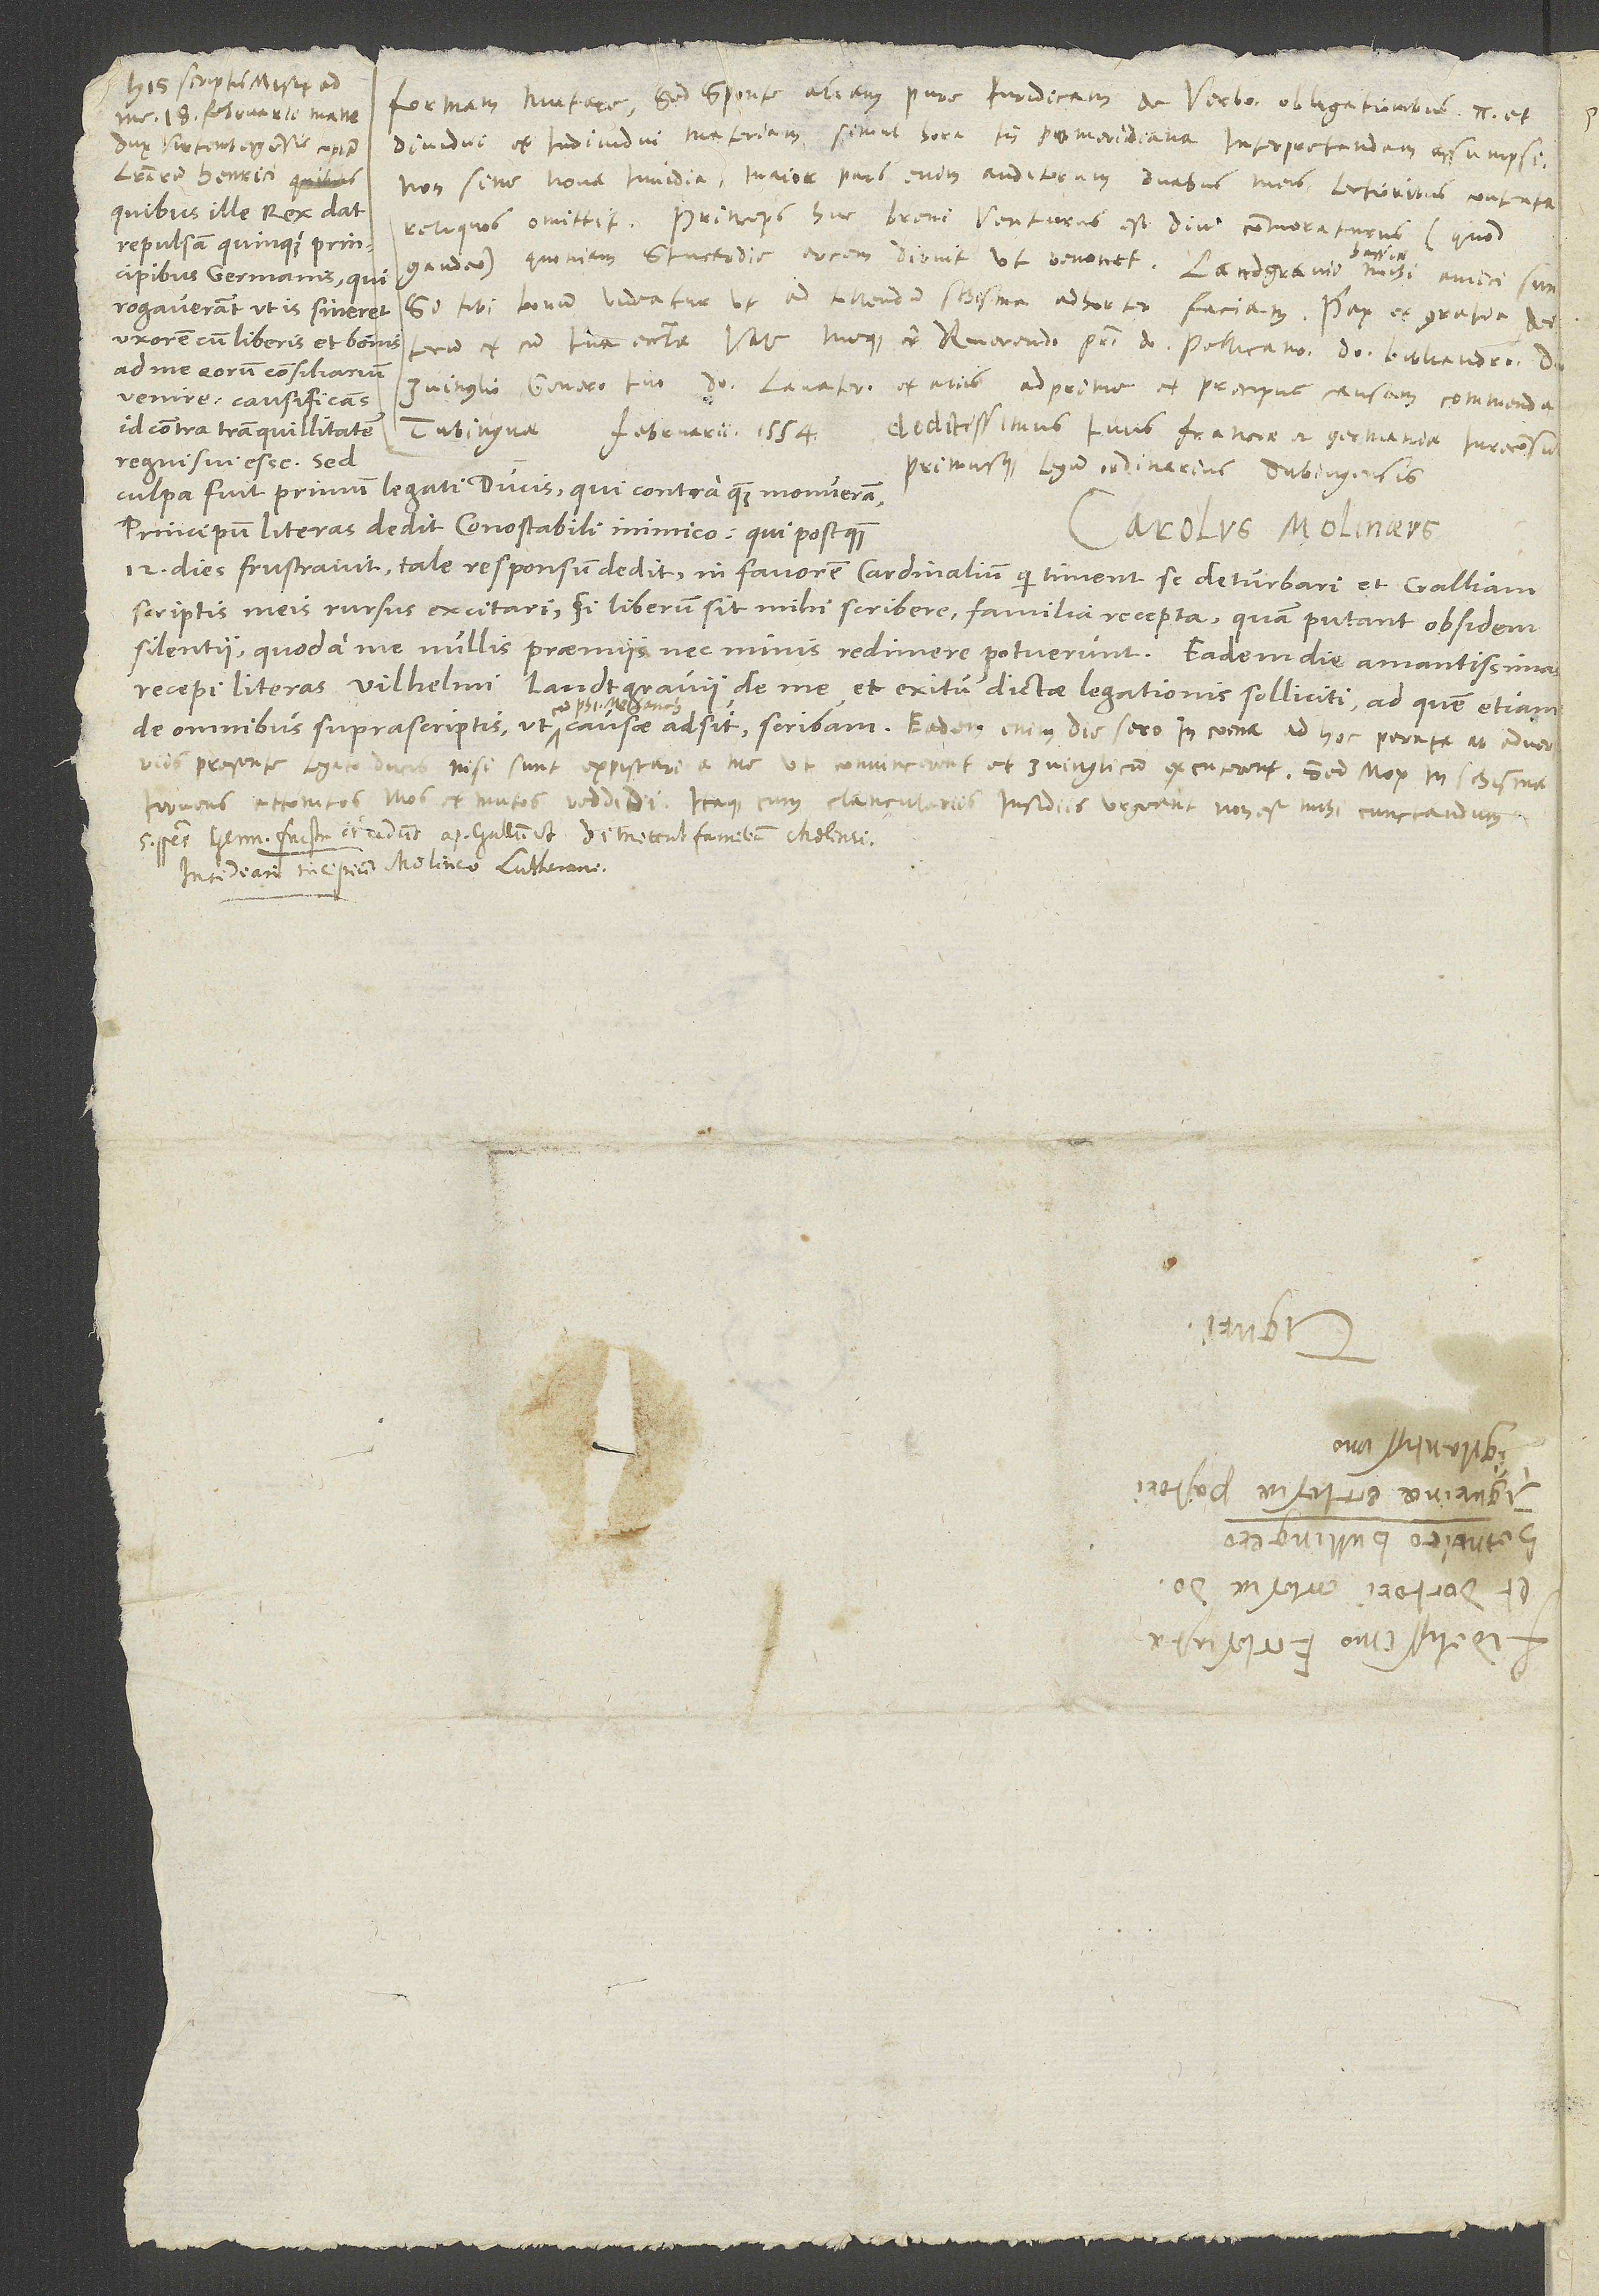
formam mutare, sed sponte aliam pure iuridicam de verborum obligationibus... et
me 18. februarii mane
dux Virtembergensis copiam
literarum Henrici, quibus
non sine nova invidia; maior pars enim auditorum duabus meis lectionibus contenta
reliqu s omittit. Princeps huc brevi venturus est diu commoraturus (quod
repulsam quinque principibus
si tibi bonum videatur ut ad tollendum schisma adhorter, faciam. Pax et gratia dei
rogaverant, ut is sineret
uxorem cum liberis et bonis
ad me, eorum consiliarium,
venire, causificans
id contra tranquillitatem
Tubingnae februarii 1554.
regni sui esse. Sed
primusque legum ordinarius Tubingensis
culpa fuit primum legati ducis, qui contra quam monueram
principum literas dedit conestabili inimico, qui postquam
Carolus Molinaeus.
12 dies frustravit, tale responsum dedit in favorem cardinalium, qui timent se deturbari et Galliam
scriptis meis rursum excitari, si liberum sit mihi scribere familia recepta, quam putant obsidem
silentii, quod a me nullis praemiis nec minis redimere potuerunt. Eadem die amantissimas
recepi literas Vilhelmi landgravii de me et exitu dictae legationis solliciti, ad quem etiam
adversariis presente legato ducis nisi sunt expiscari a me, ut convincerent et Zvinglicum excuterent. Sed mox in schisma...
attonitos illos et mutos reddidi. Itaque cum clanculariis insidiis urgeant, non est mihi cunctandum.